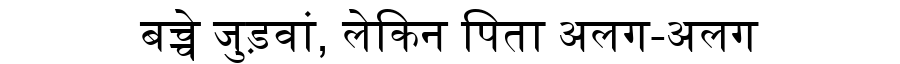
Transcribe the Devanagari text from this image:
बच्चे जुड़वां, लेकिन पिता अलग-अलग